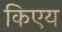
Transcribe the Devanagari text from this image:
किएय